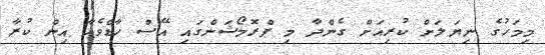
މިމަހުގެ ނިޔަލަށް ކުރިއަށް ގެންދާ މި ޕްރޮމޯޝަންގައި އޭސް ހާޑްވެއާ އިން ކުރާ